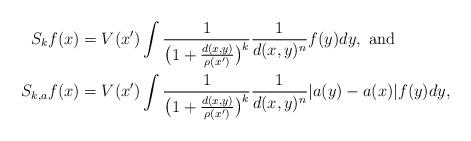
LaTeX: \begin{align*}S_{k}f(x) &= V(x') \int {1\over {\big( 1+{{d(x,y)}\over{\rho(x')}} \big)^{k} }} {1\over{d(x,y)^{n}}} f(y) dy, \mbox{ and} \\S_{k,a}f(x)& = V(x') \int {1\over {\big( 1+{{d(x,y)}\over{\rho(x')}} \big)^{k} }} {1\over{d(x,y)^{n}}} |a(y)-a(x)| f(y) dy,\end{align*}